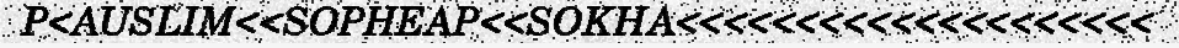
P<AUSLIM<<SOPHEAP<<SOKHA<<<<<<<<<<<<<<<<<<<<